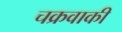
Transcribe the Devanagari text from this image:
चक्रवाकी